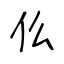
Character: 仫